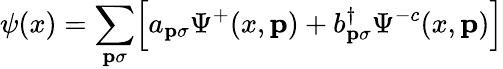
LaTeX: \psi(x)=\sum_{{\mathbf p}\sigma}\Bigl[a_{{\mathbf p}\sigma}\Psi^{+}(x,{\mathbf p})+b_{{\mathbf p}\sigma}^{\dagger}\Psi^{-c}(x,{\mathbf p})\Bigr]